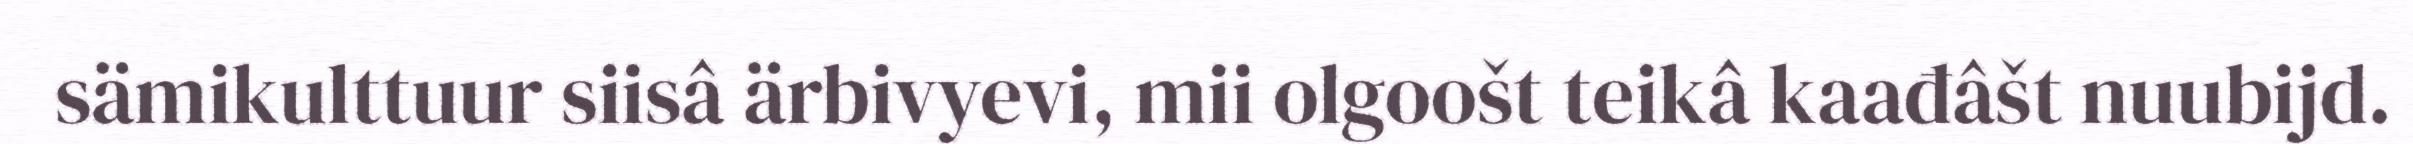
sämikulttuur siisâ ärbivyevi, mii olgoošt teikâ kaađâšt nuubijd.